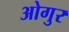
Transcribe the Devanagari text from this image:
ओगुर